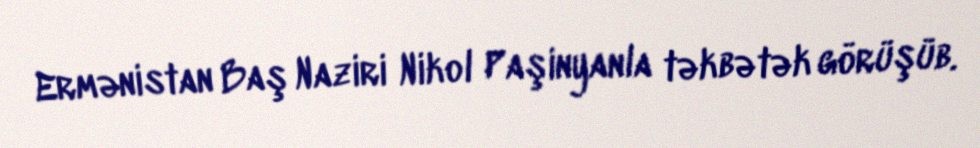
Ermənistan Baş Naziri Nikol Paşinyanla təkbətək görüşüb.